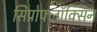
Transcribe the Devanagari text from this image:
सिप्रोफ्लॉक्सिन